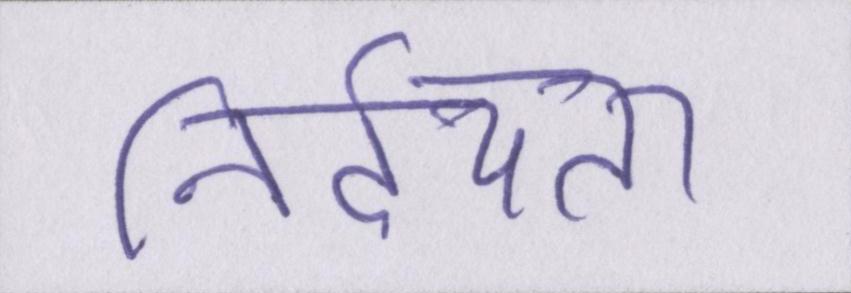
निर्दयता